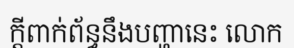
ក្តីពាក់ព័ន្ធនឹងបញ្ហានេះ លោក